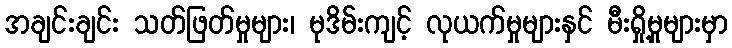
အချင်းချင်း သတ်ဖြတ်မှုများ၊ မုဒိမ်းကျင့် လုယက်မှုများနှင် မီးရှို့မှုများမှာ